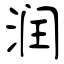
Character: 润